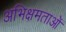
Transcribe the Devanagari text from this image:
अभिक्षमताओं